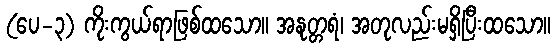
(ပေ-၃) ကိုးကွယ်ရာဖြစ်ထသော။ အနုတ္တရံ၊ အတုလည်းမရှိပြီးထသော။